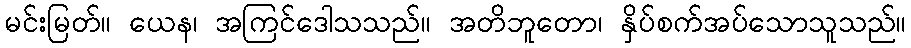
မင်းမြတ်။ ယေန၊ အကြင်ဒေါသသည်။ အတိဘူတော၊ နှိပ်စက်အပ်သောသူသည်။